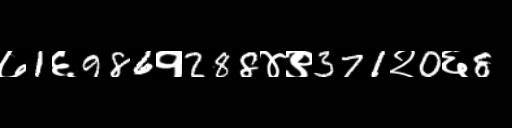
Text: ७1६986१288४९371२0६8